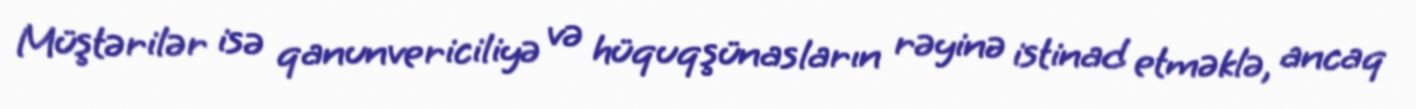
Müştərilər isə qanunvericiliyə və hüquqşünasların rəyinə istinad etməklə, ancaq